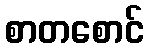
စာတစောင်